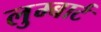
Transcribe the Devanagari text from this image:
लुम्बार्ट